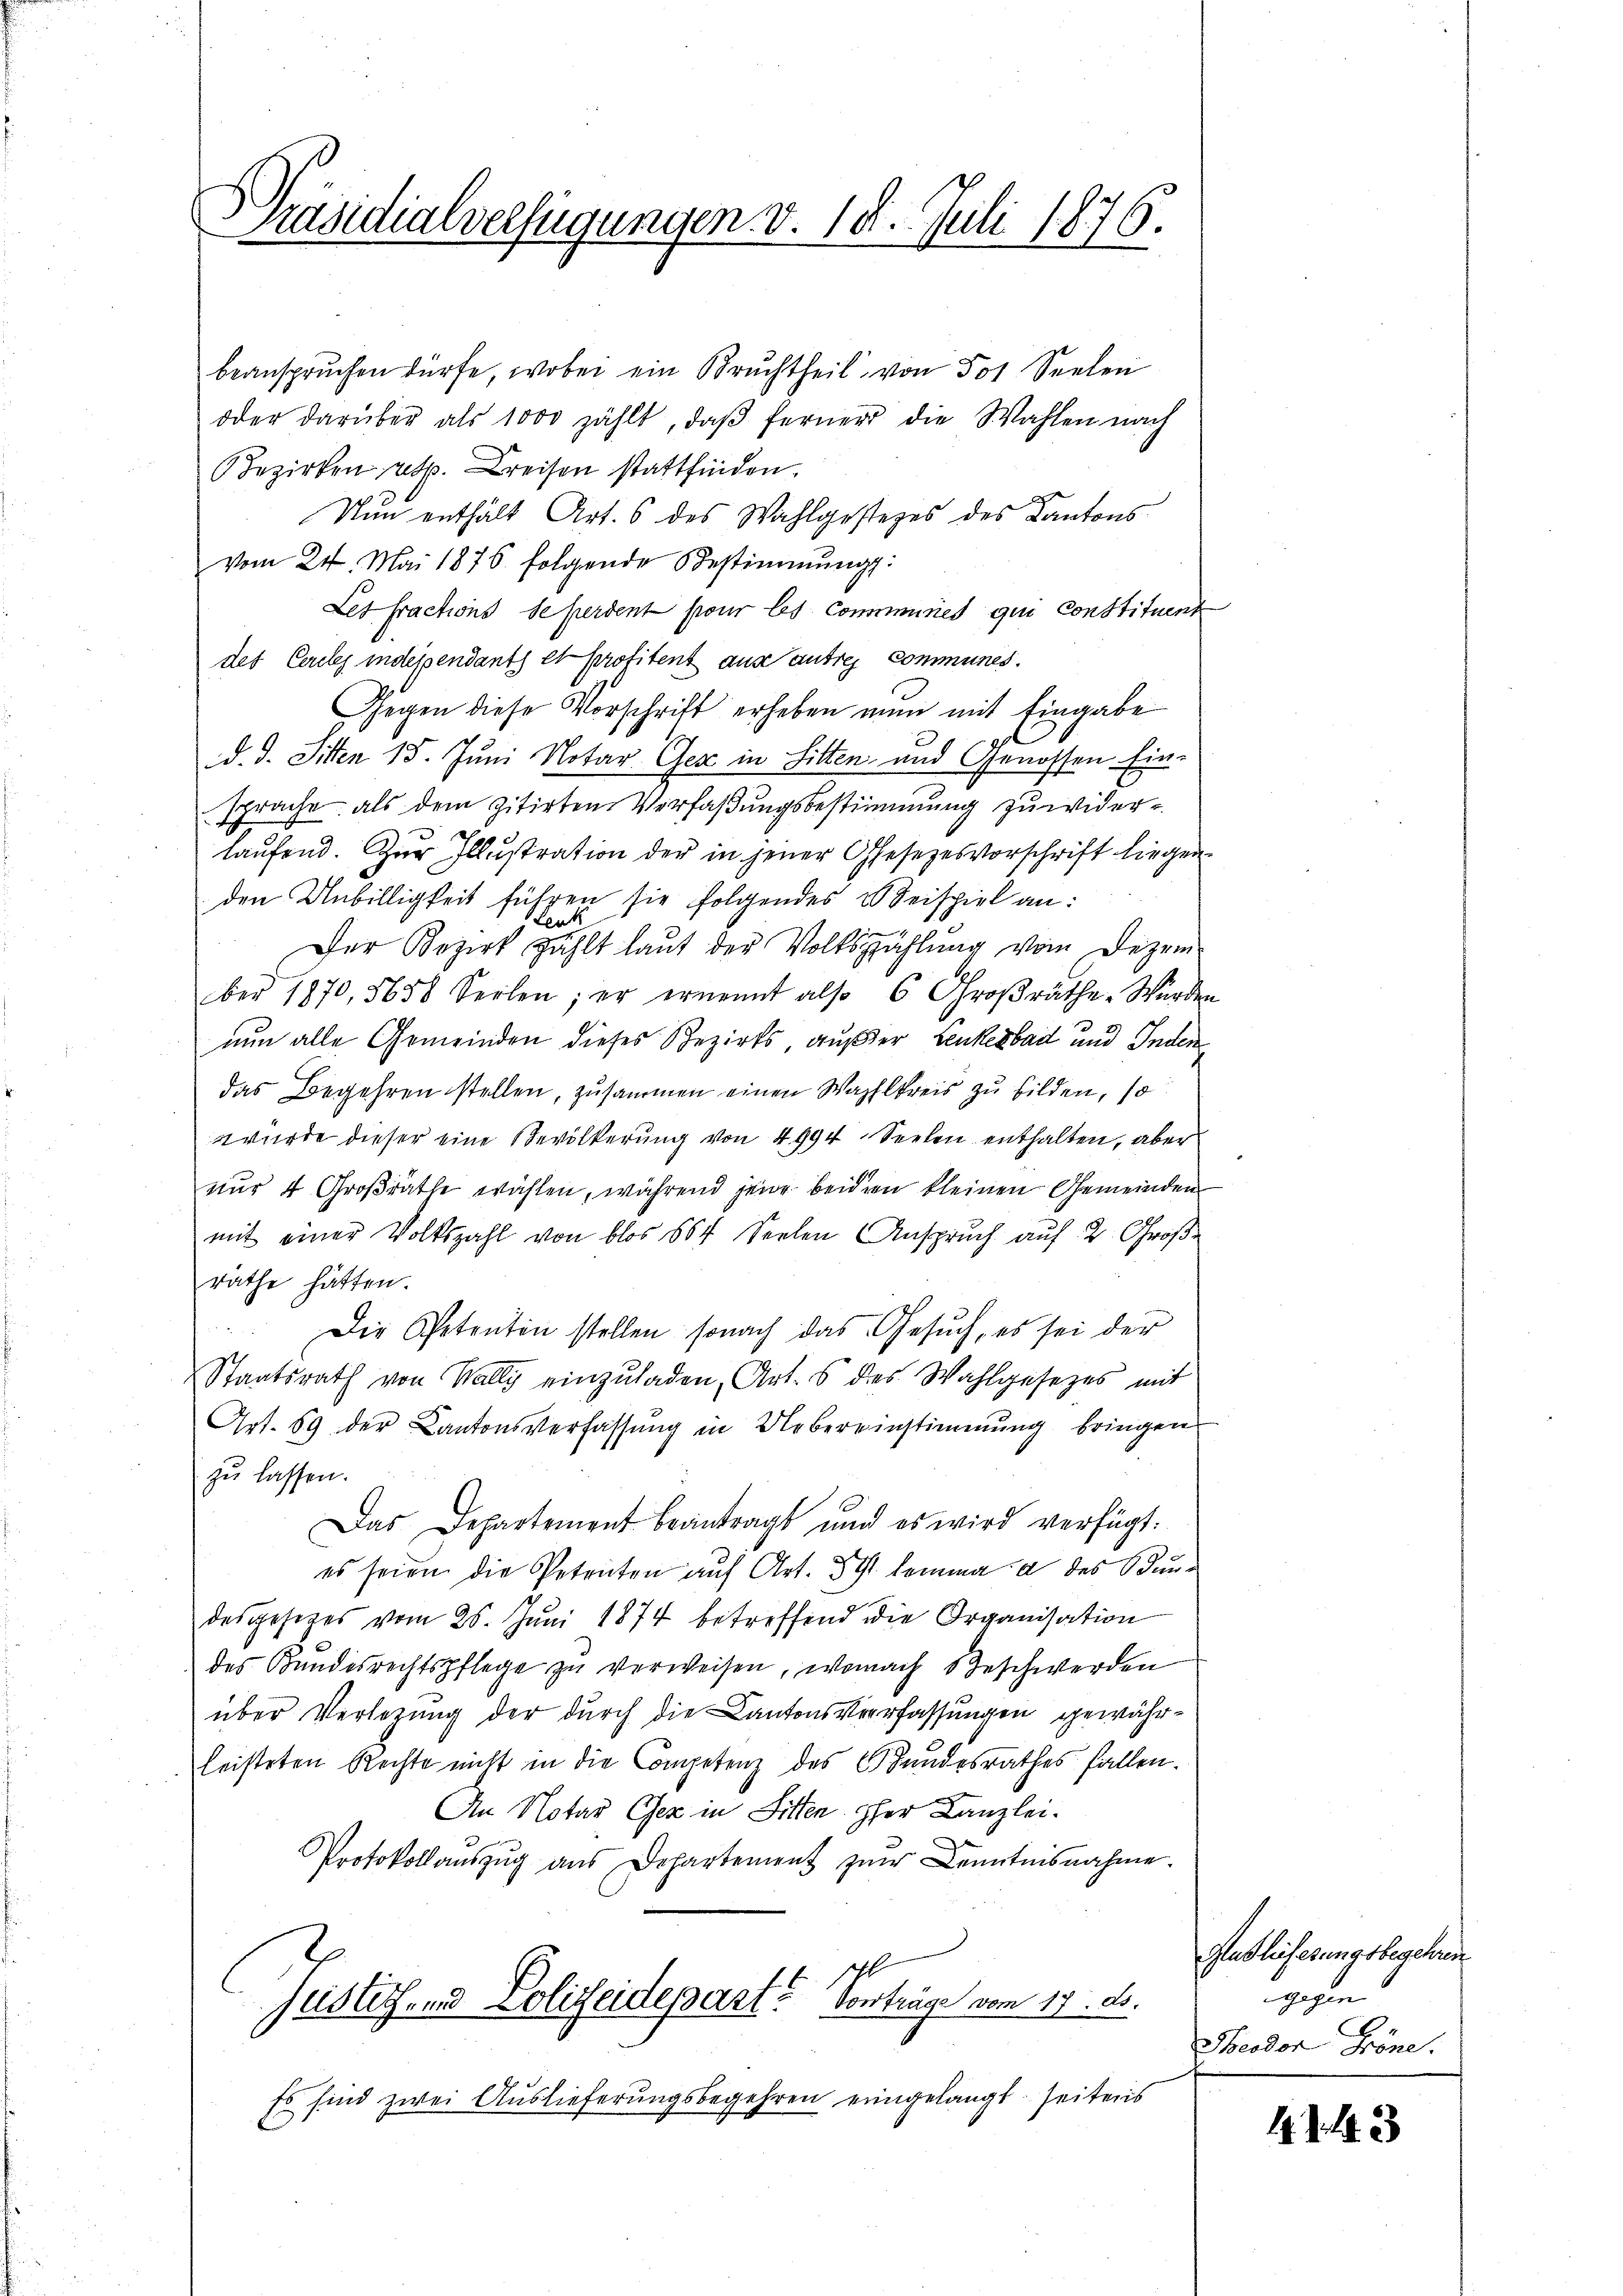
Präsidialverfügungen v. 18. Juli 1876.

beanspruchen dürfe, wobei ein Bruchtheil von 501 Seelen
oder darüber als 1000 zählt, daβ ferner die Wahlen nach
Bezirken resp. Kreisen stattfinden.
Nun enthält Art. 6 des Wahlgesteges des Kantons
vom 24. Mai 1876 folgende Bestimmung:
Les fractions se perdent pour les Commines qui constituent
des Cercles independants et profitent aus autres Communes.
Gegen diese Vorschrift erheben nun mit Eingabe
d. d. Sitten 15. Juni Notar Gese in Sitten und Genossen Ein-
sprache, als dem zitirten Verfaßungsbestimmung zuwider-
laufend. Zur Illustration der in jener Gesezesvorschrift liegen
den Unbilligkeit führen sie folgendes u Seispiel an:
Lenk
Der Bezirk zählt laŭt der Volkszählŭng vom Dezem-
ber 1870,5658 Seilen; er ernennt also 6 Groβräthe. Würden
nun alle Gemeinden dieses Bezirks, außer Lenkesbad und Inden
das Begehren stellen, zusammen einen Wahlkreis zu bilden, so
wurde dieser eine Bevölkerung von 4994 Seelen enthalten, aber
nur 4 Großrathe wählen, während jene beiden kleinen Gemeinden
mit einer Volkszahl von blos 504 Seelen Anspruch auf 2. Großrathe hätten.
Die Petenten stellen sonach das Gesuch, es sei der
Staatsrath von Wally einzŭladen, Art. 5 des Wahlgesetzes mit
Art. 89 der Cantonsverfassŭng in Uebereinstimmung bringen
zu lassen.
Das Departement beantragt und es wird verfügt:
es seien die Petenten auf Art. 3 lemma a des Bundesgesezes vom 26. Juni 1874 betreffend die Organisation
des Bundesrechtspflege zŭ verweisen, wonach Beschwerden
über Verlegung der durch die Cantonsverfassungen gewährleisteten Rechte nicht in die Competenz des C. Landesrathes fallen.
An Notar Oser in Sitten per Canzlei-
Protokollaŭszŭg aŭs Departement zŭr Kenntnisnahme.
Justich- und Polizeidepart? Vorträge vom 17. ds.
Es sind zwei Auslieferungsbegehren eingelangt seiters

Auslieferungsbegehren.
gegen
Theodor Fröne.

47. 43